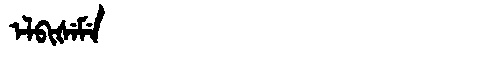
Manchu: ᡝᠯᠪᡳᡧᡝᠮᡝ
Romanization: ELBIŠEME